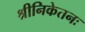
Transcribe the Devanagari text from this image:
श्रीनिकेतनः